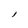
Character: l